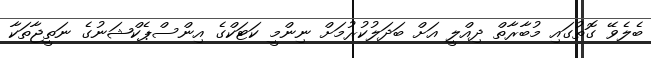
ބެލެވޭ ގޮތުގައި މުބާރާތް ދިއްލީ އަށް ބަދަލުކުރުމަށް ނިންމީ ކަޓަކްގެ އިންސްޕެކްޝަނުގެ ނަތީޖާތަކާ